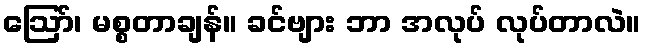
ဩော်၊ မစ္စတာချန်။ ခင်ဗျား ဘာ အလုပ် လုပ်တာလဲ။